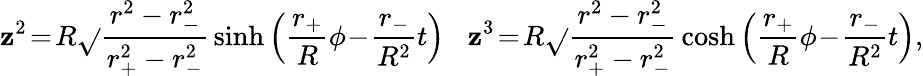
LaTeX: \mathbf{z}^{2}\! =\! R\sqrt{}{{\frac{{r^{2}-r_{-}^{2}}}{{r_{+}^{2}-r_{-}^{2}}}}}\sinh\left(\frac{{r_{+}}}{{R}}\phi\! -\! \frac{{r_{-}}}{{R^{2}}}t\right)\; \; \; \mathbf{z}^{3}\! =\! R\sqrt{}{{\frac{{r^{2}-r_{-}^{2}}}{{r_{+}^{2}-r_{-}^{2}}}}}\cosh\left(\frac{{r_{+}}}{{R}}\phi\! -\! \frac{{r_{-}}}{{R^{2}}}t\right),